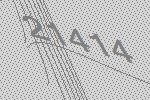
21414